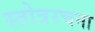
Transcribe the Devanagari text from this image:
स्तोत्ररचना